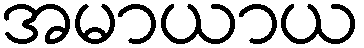
အမာယာယ